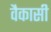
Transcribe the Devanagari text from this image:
वैकासी